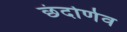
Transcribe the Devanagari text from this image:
छंदोर्णव